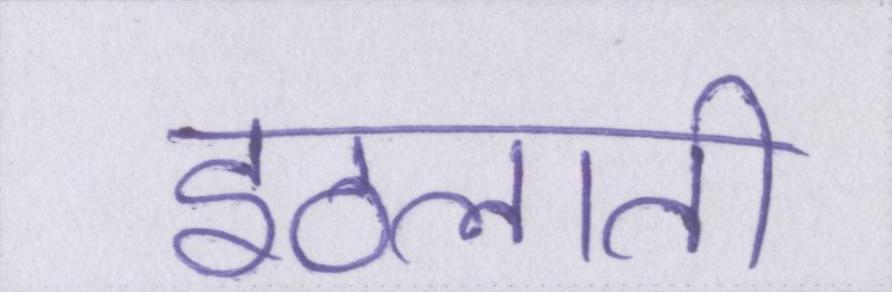
इठलाती